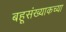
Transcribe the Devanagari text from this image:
बहूसंख्याकच्या